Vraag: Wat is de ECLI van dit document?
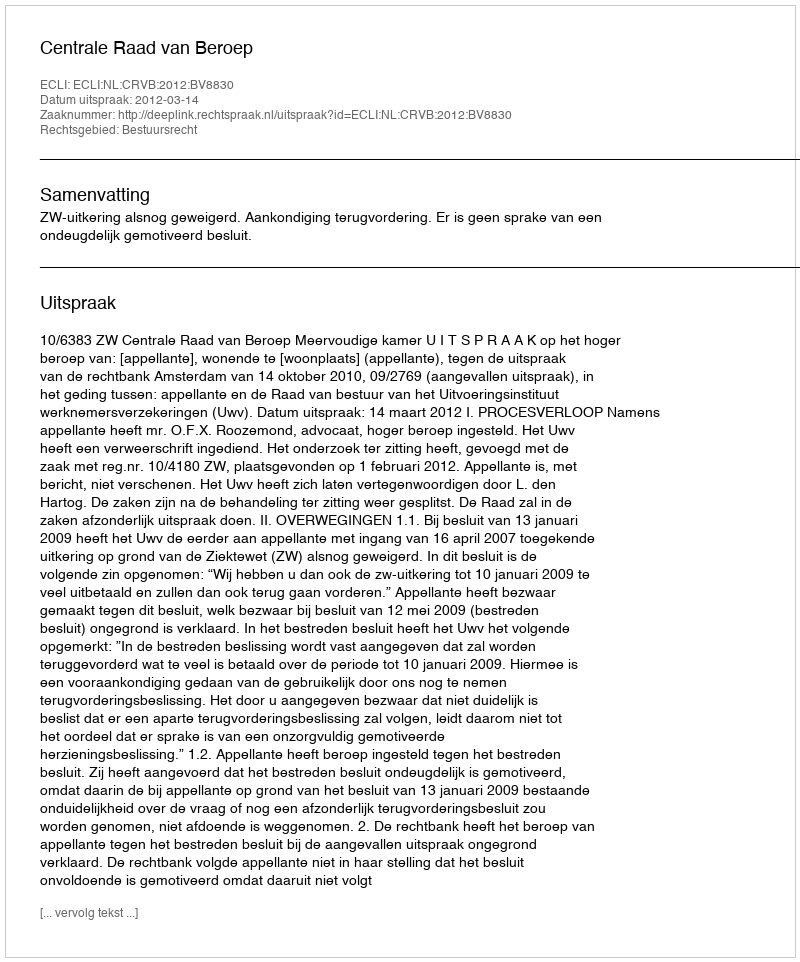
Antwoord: ECLI:NL:CRVB:2012:BV8830